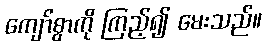
ကျော်စွာကို ကြည့်၍ မေးသည်။